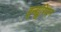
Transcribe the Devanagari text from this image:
इन्द्युरियन